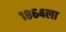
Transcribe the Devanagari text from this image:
१८६४ला